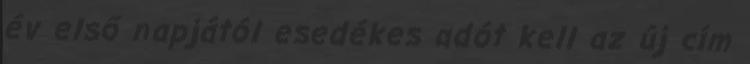
év első napjától esedékes adót kell az új cím